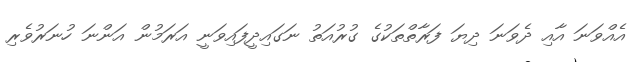
އެއްވަނަ އާއި ދެވަނަ ދިޔަ ފަރާތްތަކުގެ ގުރުއަތު ނަގައިދީފައިވަނީ އަރަމުން އަންނަ ހުނަރުވެރި